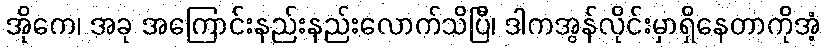
အိုကေ၊ အခု အကြောင်းနည်းနည်းလောက်သိပြီ၊ ဒါကအွန်လိုင်းမှာရှိနေတာကိုအံ့